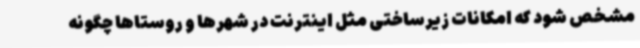
مشخص شود که امکانات زیرساختی مثل اینترنت در شهرها و روستاها چگونه